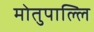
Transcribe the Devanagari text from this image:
मोतुपाल्लि